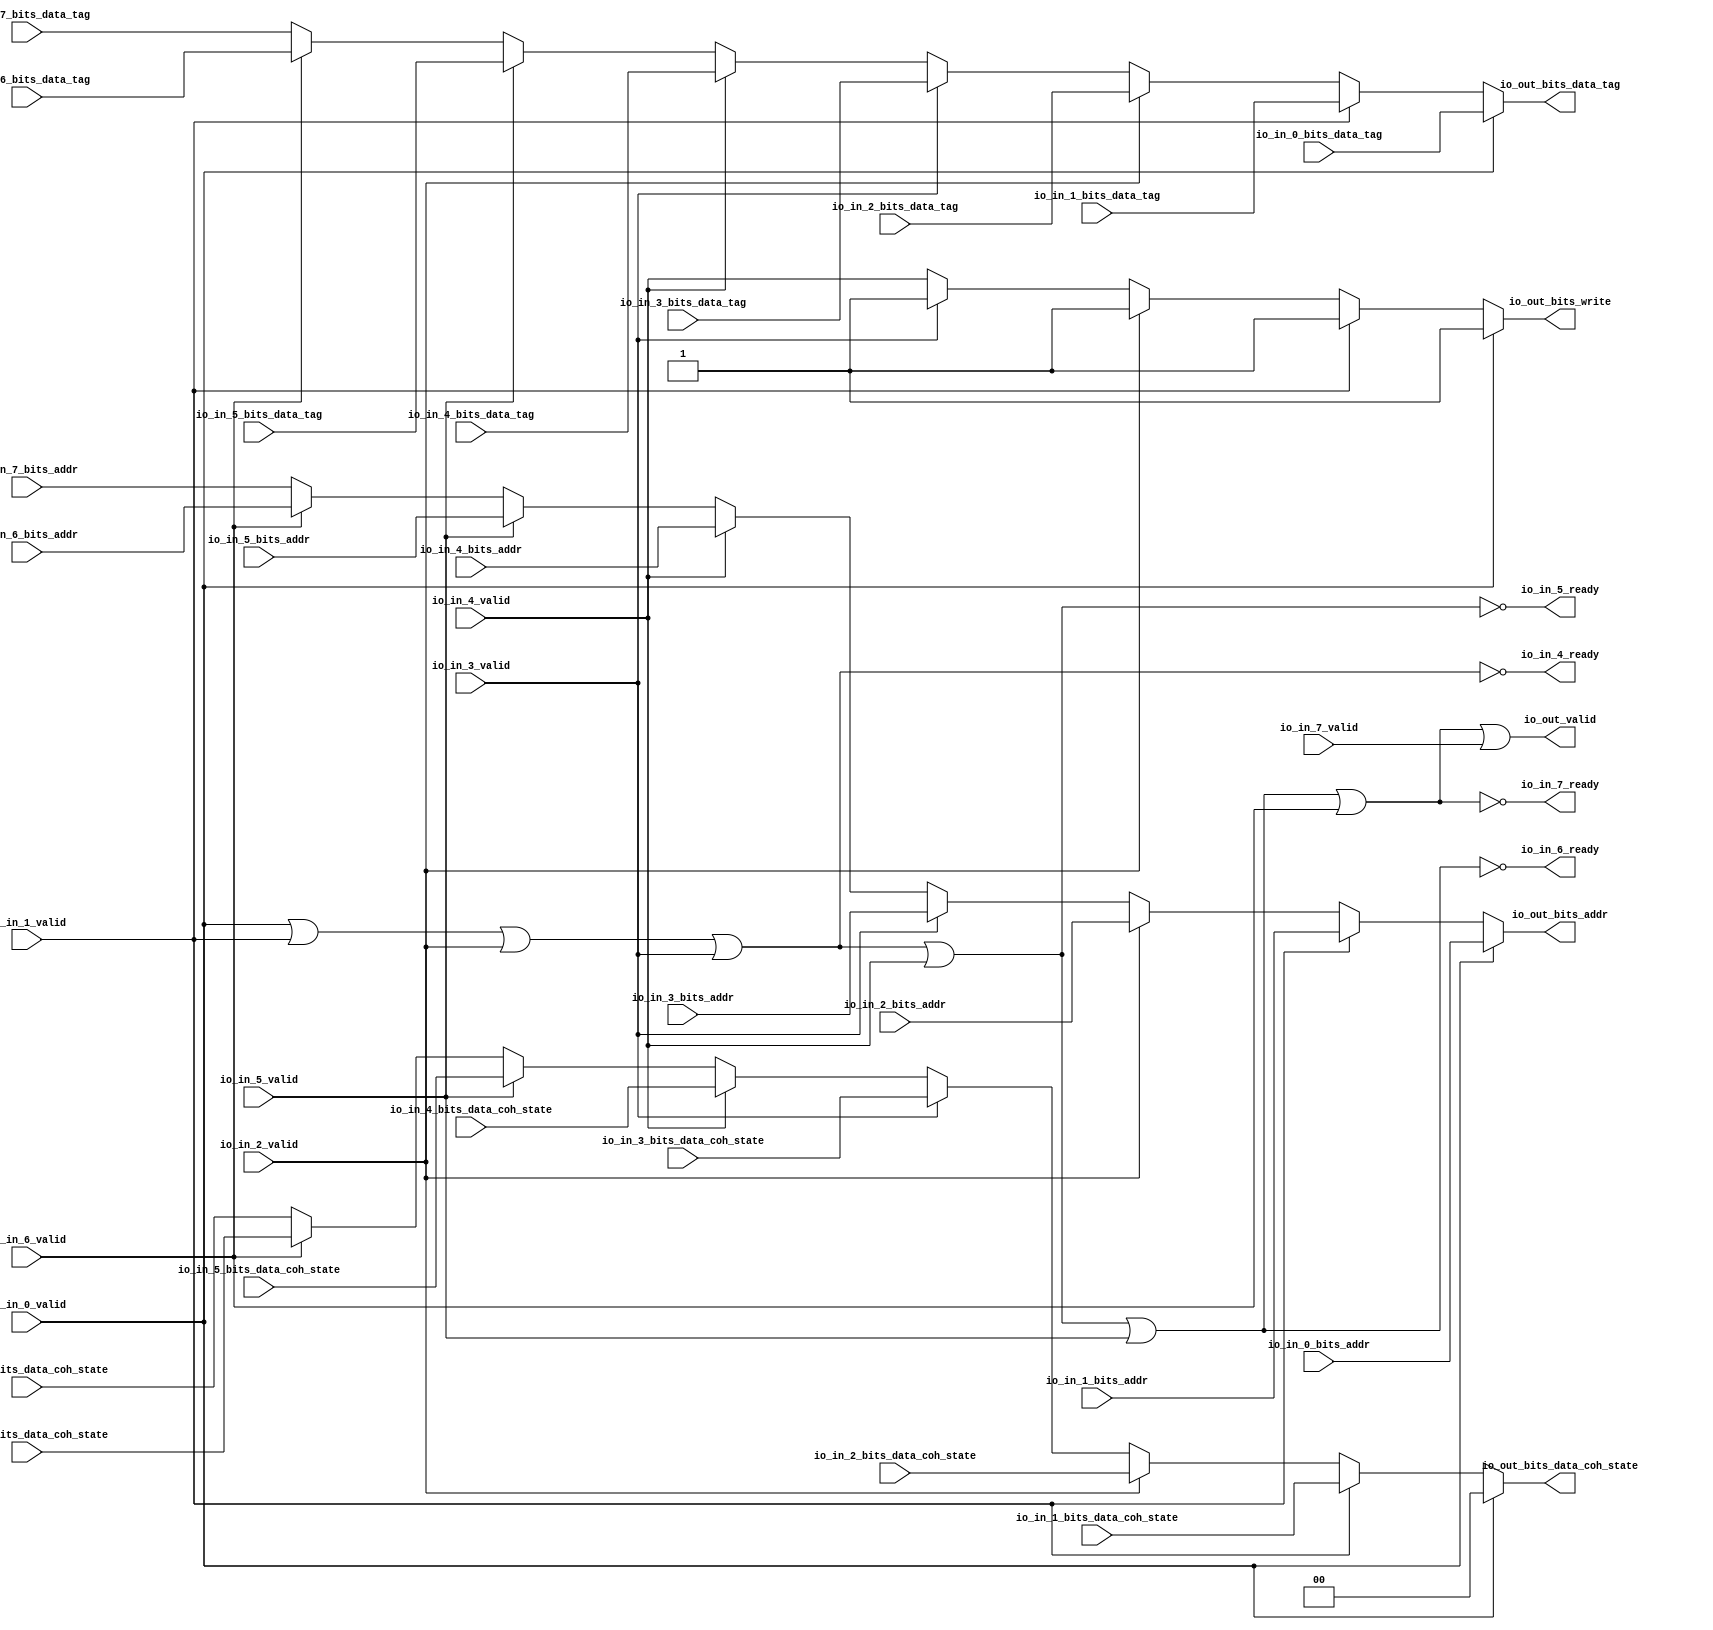
// Copyright (c) 2017, Microsemi Corporation
// All rights reserved.
//
// Redistribution and use in source and binary forms, with or without
// modification, are permitted provided that the following conditions are met:
//     * Redistributions of source code must retain the above copyright
//       notice, this list of conditions and the following disclaimer.
//     * Redistributions in binary form must reproduce the above copyright
//       notice, this list of conditions and the following disclaimer in the
//       documentation and/or other materials provided with the distribution.
//     * Neither the name of the <organization> nor the
//       names of its contributors may be used to endorse or promote products
//       derived from this software without specific prior written permission.
//
// THIS SOFTWARE IS PROVIDED BY THE COPYRIGHT HOLDERS AND CONTRIBUTORS "AS IS" AND
// ANY EXPRESS OR IMPLIED WARRANTIES, INCLUDING, BUT NOT LIMITED TO, THE IMPLIED
// WARRANTIES OF MERCHANTABILITY AND FITNESS FOR A PARTICULAR PURPOSE ARE
// DISCLAIMED. IN NO EVENT SHALL MICROSEMI CORPORATIONM BE LIABLE FOR ANY
// DIRECT, INDIRECT, INCIDENTAL, SPECIAL, EXEMPLARY, OR CONSEQUENTIAL DAMAGES
// (INCLUDING, BUT NOT LIMITED TO, PROCUREMENT OF SUBSTITUTE GOODS OR SERVICES;
// LOSS OF USE, DATA, OR PROFITS; OR BUSINESS INTERRUPTION) HOWEVER CAUSED AND
// ON ANY THEORY OF LIABILITY, WHETHER IN CONTRACT, STRICT LIABILITY, OR TORT
// (INCLUDING NEGLIGENCE OR OTHERWISE) ARISING IN ANY WAY OUT OF THE USE OF THIS
// SOFTWARE, EVEN IF ADVISED OF THE POSSIBILITY OF SUCH DAMAGE.
//
// APACHE LICENSE
// Copyright (c) 2017, Microsemi Corporation 
//
// Licensed under the Apache License, Version 2.0 (the "License");
// you may not use this file except in compliance with the License.
// You may obtain a copy of the License at
//
//    http://www.apache.org/licenses/LICENSE-2.0
//
// Unless required by applicable law or agreed to in writing, software
// distributed under the License is distributed on an "AS IS" BASIS,
// WITHOUT WARRANTIES OR CONDITIONS OF ANY KIND, either express or implied.
// See the License for the specific language governing permissions and
// limitations under the License.
//
// Description:
//
// SVN Revision Information:
// SVN $Revision: $
// SVN $Date: $
//
// Resolved SARs
// SAR      Date     Who   Description
//
// Notes:
//
// ****************************************************************************/
`ifndef RANDOMIZE_REG_INIT 
	 `define RANDOMIZE_REG_INIT 
 `endif
`ifndef RANDOMIZE_MEM_INIT 
	 `define RANDOMIZE_MEM_INIT 
 `endif
`ifndef RANDOMIZE 
	 `define RANDOMIZE 
`endif

`timescale 1ns/10ps
module MiV_Core32_MiV_Core32_0_MIV_RV32IMA_L1_AHB_ARBITER( // @[:freechips.rocketchip.system.MivRV32ImaL1AhbConfig.fir@99768.2]
  input         io_in_0_valid, // @[:freechips.rocketchip.system.MivRV32ImaL1AhbConfig.fir@99771.4]
  input  [31:0] io_in_0_bits_addr, // @[:freechips.rocketchip.system.MivRV32ImaL1AhbConfig.fir@99771.4]
  input  [18:0] io_in_0_bits_data_tag, // @[:freechips.rocketchip.system.MivRV32ImaL1AhbConfig.fir@99771.4]
  input         io_in_1_valid, // @[:freechips.rocketchip.system.MivRV32ImaL1AhbConfig.fir@99771.4]
  input  [31:0] io_in_1_bits_addr, // @[:freechips.rocketchip.system.MivRV32ImaL1AhbConfig.fir@99771.4]
  input  [1:0]  io_in_1_bits_data_coh_state, // @[:freechips.rocketchip.system.MivRV32ImaL1AhbConfig.fir@99771.4]
  input  [18:0] io_in_1_bits_data_tag, // @[:freechips.rocketchip.system.MivRV32ImaL1AhbConfig.fir@99771.4]
  input         io_in_2_valid, // @[:freechips.rocketchip.system.MivRV32ImaL1AhbConfig.fir@99771.4]
  input  [31:0] io_in_2_bits_addr, // @[:freechips.rocketchip.system.MivRV32ImaL1AhbConfig.fir@99771.4]
  input  [1:0]  io_in_2_bits_data_coh_state, // @[:freechips.rocketchip.system.MivRV32ImaL1AhbConfig.fir@99771.4]
  input  [18:0] io_in_2_bits_data_tag, // @[:freechips.rocketchip.system.MivRV32ImaL1AhbConfig.fir@99771.4]
  input         io_in_3_valid, // @[:freechips.rocketchip.system.MivRV32ImaL1AhbConfig.fir@99771.4]
  input  [31:0] io_in_3_bits_addr, // @[:freechips.rocketchip.system.MivRV32ImaL1AhbConfig.fir@99771.4]
  input  [1:0]  io_in_3_bits_data_coh_state, // @[:freechips.rocketchip.system.MivRV32ImaL1AhbConfig.fir@99771.4]
  input  [18:0] io_in_3_bits_data_tag, // @[:freechips.rocketchip.system.MivRV32ImaL1AhbConfig.fir@99771.4]
  output        io_in_4_ready, // @[:freechips.rocketchip.system.MivRV32ImaL1AhbConfig.fir@99771.4]
  input         io_in_4_valid, // @[:freechips.rocketchip.system.MivRV32ImaL1AhbConfig.fir@99771.4]
  input  [31:0] io_in_4_bits_addr, // @[:freechips.rocketchip.system.MivRV32ImaL1AhbConfig.fir@99771.4]
  input  [1:0]  io_in_4_bits_data_coh_state, // @[:freechips.rocketchip.system.MivRV32ImaL1AhbConfig.fir@99771.4]
  input  [18:0] io_in_4_bits_data_tag, // @[:freechips.rocketchip.system.MivRV32ImaL1AhbConfig.fir@99771.4]
  output        io_in_5_ready, // @[:freechips.rocketchip.system.MivRV32ImaL1AhbConfig.fir@99771.4]
  input         io_in_5_valid, // @[:freechips.rocketchip.system.MivRV32ImaL1AhbConfig.fir@99771.4]
  input  [31:0] io_in_5_bits_addr, // @[:freechips.rocketchip.system.MivRV32ImaL1AhbConfig.fir@99771.4]
  input  [1:0]  io_in_5_bits_data_coh_state, // @[:freechips.rocketchip.system.MivRV32ImaL1AhbConfig.fir@99771.4]
  input  [18:0] io_in_5_bits_data_tag, // @[:freechips.rocketchip.system.MivRV32ImaL1AhbConfig.fir@99771.4]
  output        io_in_6_ready, // @[:freechips.rocketchip.system.MivRV32ImaL1AhbConfig.fir@99771.4]
  input         io_in_6_valid, // @[:freechips.rocketchip.system.MivRV32ImaL1AhbConfig.fir@99771.4]
  input  [31:0] io_in_6_bits_addr, // @[:freechips.rocketchip.system.MivRV32ImaL1AhbConfig.fir@99771.4]
  input  [1:0]  io_in_6_bits_data_coh_state, // @[:freechips.rocketchip.system.MivRV32ImaL1AhbConfig.fir@99771.4]
  input  [18:0] io_in_6_bits_data_tag, // @[:freechips.rocketchip.system.MivRV32ImaL1AhbConfig.fir@99771.4]
  output        io_in_7_ready, // @[:freechips.rocketchip.system.MivRV32ImaL1AhbConfig.fir@99771.4]
  input         io_in_7_valid, // @[:freechips.rocketchip.system.MivRV32ImaL1AhbConfig.fir@99771.4]
  input  [31:0] io_in_7_bits_addr, // @[:freechips.rocketchip.system.MivRV32ImaL1AhbConfig.fir@99771.4]
  input  [1:0]  io_in_7_bits_data_coh_state, // @[:freechips.rocketchip.system.MivRV32ImaL1AhbConfig.fir@99771.4]
  input  [18:0] io_in_7_bits_data_tag, // @[:freechips.rocketchip.system.MivRV32ImaL1AhbConfig.fir@99771.4]
  output        io_out_valid, // @[:freechips.rocketchip.system.MivRV32ImaL1AhbConfig.fir@99771.4]
  output        io_out_bits_write, // @[:freechips.rocketchip.system.MivRV32ImaL1AhbConfig.fir@99771.4]
  output [31:0] io_out_bits_addr, // @[:freechips.rocketchip.system.MivRV32ImaL1AhbConfig.fir@99771.4]
  output [1:0]  io_out_bits_data_coh_state, // @[:freechips.rocketchip.system.MivRV32ImaL1AhbConfig.fir@99771.4]
  output [18:0] io_out_bits_data_tag // @[:freechips.rocketchip.system.MivRV32ImaL1AhbConfig.fir@99771.4]
);
  wire [18:0] _GEN_1; // @[Arbiter.scala 119:27:freechips.rocketchip.system.MivRV32ImaL1AhbConfig.fir@99779.4]
  wire [1:0] _GEN_2; // @[Arbiter.scala 119:27:freechips.rocketchip.system.MivRV32ImaL1AhbConfig.fir@99779.4]
  wire [31:0] _GEN_4; // @[Arbiter.scala 119:27:freechips.rocketchip.system.MivRV32ImaL1AhbConfig.fir@99779.4]
  wire [18:0] _GEN_7; // @[Arbiter.scala 119:27:freechips.rocketchip.system.MivRV32ImaL1AhbConfig.fir@99787.4]
  wire [1:0] _GEN_8; // @[Arbiter.scala 119:27:freechips.rocketchip.system.MivRV32ImaL1AhbConfig.fir@99787.4]
  wire [31:0] _GEN_10; // @[Arbiter.scala 119:27:freechips.rocketchip.system.MivRV32ImaL1AhbConfig.fir@99787.4]
  wire [18:0] _GEN_13; // @[Arbiter.scala 119:27:freechips.rocketchip.system.MivRV32ImaL1AhbConfig.fir@99795.4]
  wire [1:0] _GEN_14; // @[Arbiter.scala 119:27:freechips.rocketchip.system.MivRV32ImaL1AhbConfig.fir@99795.4]
  wire [31:0] _GEN_16; // @[Arbiter.scala 119:27:freechips.rocketchip.system.MivRV32ImaL1AhbConfig.fir@99795.4]
  wire [18:0] _GEN_19; // @[Arbiter.scala 119:27:freechips.rocketchip.system.MivRV32ImaL1AhbConfig.fir@99803.4]
  wire [1:0] _GEN_20; // @[Arbiter.scala 119:27:freechips.rocketchip.system.MivRV32ImaL1AhbConfig.fir@99803.4]
  wire [31:0] _GEN_22; // @[Arbiter.scala 119:27:freechips.rocketchip.system.MivRV32ImaL1AhbConfig.fir@99803.4]
  wire  _GEN_23; // @[Arbiter.scala 119:27:freechips.rocketchip.system.MivRV32ImaL1AhbConfig.fir@99803.4]
  wire [18:0] _GEN_25; // @[Arbiter.scala 119:27:freechips.rocketchip.system.MivRV32ImaL1AhbConfig.fir@99811.4]
  wire [1:0] _GEN_26; // @[Arbiter.scala 119:27:freechips.rocketchip.system.MivRV32ImaL1AhbConfig.fir@99811.4]
  wire [31:0] _GEN_28; // @[Arbiter.scala 119:27:freechips.rocketchip.system.MivRV32ImaL1AhbConfig.fir@99811.4]
  wire  _GEN_29; // @[Arbiter.scala 119:27:freechips.rocketchip.system.MivRV32ImaL1AhbConfig.fir@99811.4]
  wire [18:0] _GEN_31; // @[Arbiter.scala 119:27:freechips.rocketchip.system.MivRV32ImaL1AhbConfig.fir@99819.4]
  wire [1:0] _GEN_32; // @[Arbiter.scala 119:27:freechips.rocketchip.system.MivRV32ImaL1AhbConfig.fir@99819.4]
  wire [31:0] _GEN_34; // @[Arbiter.scala 119:27:freechips.rocketchip.system.MivRV32ImaL1AhbConfig.fir@99819.4]
  wire  _GEN_35; // @[Arbiter.scala 119:27:freechips.rocketchip.system.MivRV32ImaL1AhbConfig.fir@99819.4]
  wire [18:0] _GEN_37; // @[Arbiter.scala 119:27:freechips.rocketchip.system.MivRV32ImaL1AhbConfig.fir@99827.4]
  wire [1:0] _GEN_38; // @[Arbiter.scala 119:27:freechips.rocketchip.system.MivRV32ImaL1AhbConfig.fir@99827.4]
  wire [31:0] _GEN_40; // @[Arbiter.scala 119:27:freechips.rocketchip.system.MivRV32ImaL1AhbConfig.fir@99827.4]
  wire  _GEN_41; // @[Arbiter.scala 119:27:freechips.rocketchip.system.MivRV32ImaL1AhbConfig.fir@99827.4]
  wire  _T_112; // @[Arbiter.scala 29:68:freechips.rocketchip.system.MivRV32ImaL1AhbConfig.fir@99835.4]
  wire  _T_113; // @[Arbiter.scala 29:68:freechips.rocketchip.system.MivRV32ImaL1AhbConfig.fir@99836.4]
  wire  _T_114; // @[Arbiter.scala 29:68:freechips.rocketchip.system.MivRV32ImaL1AhbConfig.fir@99837.4]
  wire  _T_115; // @[Arbiter.scala 29:68:freechips.rocketchip.system.MivRV32ImaL1AhbConfig.fir@99838.4]
  wire  _T_116; // @[Arbiter.scala 29:68:freechips.rocketchip.system.MivRV32ImaL1AhbConfig.fir@99839.4]
  wire  _T_117; // @[Arbiter.scala 29:68:freechips.rocketchip.system.MivRV32ImaL1AhbConfig.fir@99840.4]
  wire  _T_125; // @[Arbiter.scala 29:78:freechips.rocketchip.system.MivRV32ImaL1AhbConfig.fir@99844.4]
  wire  _T_127; // @[Arbiter.scala 29:78:freechips.rocketchip.system.MivRV32ImaL1AhbConfig.fir@99845.4]
  wire  _T_129; // @[Arbiter.scala 29:78:freechips.rocketchip.system.MivRV32ImaL1AhbConfig.fir@99846.4]
  wire  _T_131; // @[Arbiter.scala 29:78:freechips.rocketchip.system.MivRV32ImaL1AhbConfig.fir@99847.4]
  wire  _T_141; // @[Arbiter.scala 128:19:freechips.rocketchip.system.MivRV32ImaL1AhbConfig.fir@99864.4]
  wire  _T_142; // @[Arbiter.scala 128:31:freechips.rocketchip.system.MivRV32ImaL1AhbConfig.fir@99865.4]
  assign _GEN_1 = io_in_6_valid ? io_in_6_bits_data_tag : io_in_7_bits_data_tag; // @[Arbiter.scala 119:27:freechips.rocketchip.system.MivRV32ImaL1AhbConfig.fir@99779.4]
  assign _GEN_2 = io_in_6_valid ? io_in_6_bits_data_coh_state : io_in_7_bits_data_coh_state; // @[Arbiter.scala 119:27:freechips.rocketchip.system.MivRV32ImaL1AhbConfig.fir@99779.4]
  assign _GEN_4 = io_in_6_valid ? io_in_6_bits_addr : io_in_7_bits_addr; // @[Arbiter.scala 119:27:freechips.rocketchip.system.MivRV32ImaL1AhbConfig.fir@99779.4]
  assign _GEN_7 = io_in_5_valid ? io_in_5_bits_data_tag : _GEN_1; // @[Arbiter.scala 119:27:freechips.rocketchip.system.MivRV32ImaL1AhbConfig.fir@99787.4]
  assign _GEN_8 = io_in_5_valid ? io_in_5_bits_data_coh_state : _GEN_2; // @[Arbiter.scala 119:27:freechips.rocketchip.system.MivRV32ImaL1AhbConfig.fir@99787.4]
  assign _GEN_10 = io_in_5_valid ? io_in_5_bits_addr : _GEN_4; // @[Arbiter.scala 119:27:freechips.rocketchip.system.MivRV32ImaL1AhbConfig.fir@99787.4]
  assign _GEN_13 = io_in_4_valid ? io_in_4_bits_data_tag : _GEN_7; // @[Arbiter.scala 119:27:freechips.rocketchip.system.MivRV32ImaL1AhbConfig.fir@99795.4]
  assign _GEN_14 = io_in_4_valid ? io_in_4_bits_data_coh_state : _GEN_8; // @[Arbiter.scala 119:27:freechips.rocketchip.system.MivRV32ImaL1AhbConfig.fir@99795.4]
  assign _GEN_16 = io_in_4_valid ? io_in_4_bits_addr : _GEN_10; // @[Arbiter.scala 119:27:freechips.rocketchip.system.MivRV32ImaL1AhbConfig.fir@99795.4]
  assign _GEN_19 = io_in_3_valid ? io_in_3_bits_data_tag : _GEN_13; // @[Arbiter.scala 119:27:freechips.rocketchip.system.MivRV32ImaL1AhbConfig.fir@99803.4]
  assign _GEN_20 = io_in_3_valid ? io_in_3_bits_data_coh_state : _GEN_14; // @[Arbiter.scala 119:27:freechips.rocketchip.system.MivRV32ImaL1AhbConfig.fir@99803.4]
  assign _GEN_22 = io_in_3_valid ? io_in_3_bits_addr : _GEN_16; // @[Arbiter.scala 119:27:freechips.rocketchip.system.MivRV32ImaL1AhbConfig.fir@99803.4]
  assign _GEN_23 = io_in_3_valid ? 1'h1 : io_in_4_valid; // @[Arbiter.scala 119:27:freechips.rocketchip.system.MivRV32ImaL1AhbConfig.fir@99803.4]
  assign _GEN_25 = io_in_2_valid ? io_in_2_bits_data_tag : _GEN_19; // @[Arbiter.scala 119:27:freechips.rocketchip.system.MivRV32ImaL1AhbConfig.fir@99811.4]
  assign _GEN_26 = io_in_2_valid ? io_in_2_bits_data_coh_state : _GEN_20; // @[Arbiter.scala 119:27:freechips.rocketchip.system.MivRV32ImaL1AhbConfig.fir@99811.4]
  assign _GEN_28 = io_in_2_valid ? io_in_2_bits_addr : _GEN_22; // @[Arbiter.scala 119:27:freechips.rocketchip.system.MivRV32ImaL1AhbConfig.fir@99811.4]
  assign _GEN_29 = io_in_2_valid ? 1'h1 : _GEN_23; // @[Arbiter.scala 119:27:freechips.rocketchip.system.MivRV32ImaL1AhbConfig.fir@99811.4]
  assign _GEN_31 = io_in_1_valid ? io_in_1_bits_data_tag : _GEN_25; // @[Arbiter.scala 119:27:freechips.rocketchip.system.MivRV32ImaL1AhbConfig.fir@99819.4]
  assign _GEN_32 = io_in_1_valid ? io_in_1_bits_data_coh_state : _GEN_26; // @[Arbiter.scala 119:27:freechips.rocketchip.system.MivRV32ImaL1AhbConfig.fir@99819.4]
  assign _GEN_34 = io_in_1_valid ? io_in_1_bits_addr : _GEN_28; // @[Arbiter.scala 119:27:freechips.rocketchip.system.MivRV32ImaL1AhbConfig.fir@99819.4]
  assign _GEN_35 = io_in_1_valid ? 1'h1 : _GEN_29; // @[Arbiter.scala 119:27:freechips.rocketchip.system.MivRV32ImaL1AhbConfig.fir@99819.4]
  assign _GEN_37 = io_in_0_valid ? io_in_0_bits_data_tag : _GEN_31; // @[Arbiter.scala 119:27:freechips.rocketchip.system.MivRV32ImaL1AhbConfig.fir@99827.4]
  assign _GEN_38 = io_in_0_valid ? 2'h0 : _GEN_32; // @[Arbiter.scala 119:27:freechips.rocketchip.system.MivRV32ImaL1AhbConfig.fir@99827.4]
  assign _GEN_40 = io_in_0_valid ? io_in_0_bits_addr : _GEN_34; // @[Arbiter.scala 119:27:freechips.rocketchip.system.MivRV32ImaL1AhbConfig.fir@99827.4]
  assign _GEN_41 = io_in_0_valid ? 1'h1 : _GEN_35; // @[Arbiter.scala 119:27:freechips.rocketchip.system.MivRV32ImaL1AhbConfig.fir@99827.4]
  assign _T_112 = io_in_0_valid | io_in_1_valid; // @[Arbiter.scala 29:68:freechips.rocketchip.system.MivRV32ImaL1AhbConfig.fir@99835.4]
  assign _T_113 = _T_112 | io_in_2_valid; // @[Arbiter.scala 29:68:freechips.rocketchip.system.MivRV32ImaL1AhbConfig.fir@99836.4]
  assign _T_114 = _T_113 | io_in_3_valid; // @[Arbiter.scala 29:68:freechips.rocketchip.system.MivRV32ImaL1AhbConfig.fir@99837.4]
  assign _T_115 = _T_114 | io_in_4_valid; // @[Arbiter.scala 29:68:freechips.rocketchip.system.MivRV32ImaL1AhbConfig.fir@99838.4]
  assign _T_116 = _T_115 | io_in_5_valid; // @[Arbiter.scala 29:68:freechips.rocketchip.system.MivRV32ImaL1AhbConfig.fir@99839.4]
  assign _T_117 = _T_116 | io_in_6_valid; // @[Arbiter.scala 29:68:freechips.rocketchip.system.MivRV32ImaL1AhbConfig.fir@99840.4]
  assign _T_125 = _T_114 == 1'h0; // @[Arbiter.scala 29:78:freechips.rocketchip.system.MivRV32ImaL1AhbConfig.fir@99844.4]
  assign _T_127 = _T_115 == 1'h0; // @[Arbiter.scala 29:78:freechips.rocketchip.system.MivRV32ImaL1AhbConfig.fir@99845.4]
  assign _T_129 = _T_116 == 1'h0; // @[Arbiter.scala 29:78:freechips.rocketchip.system.MivRV32ImaL1AhbConfig.fir@99846.4]
  assign _T_131 = _T_117 == 1'h0; // @[Arbiter.scala 29:78:freechips.rocketchip.system.MivRV32ImaL1AhbConfig.fir@99847.4]
  assign _T_141 = _T_131 == 1'h0; // @[Arbiter.scala 128:19:freechips.rocketchip.system.MivRV32ImaL1AhbConfig.fir@99864.4]
  assign _T_142 = _T_141 | io_in_7_valid; // @[Arbiter.scala 128:31:freechips.rocketchip.system.MivRV32ImaL1AhbConfig.fir@99865.4]
  assign io_in_4_ready = _T_125;
  assign io_in_5_ready = _T_127;
  assign io_in_6_ready = _T_129;
  assign io_in_7_ready = _T_131;
  assign io_out_valid = _T_142;
  assign io_out_bits_write = _GEN_41;
  assign io_out_bits_addr = _GEN_40;
  assign io_out_bits_data_coh_state = _GEN_38;
  assign io_out_bits_data_tag = _GEN_37;
endmodule